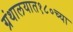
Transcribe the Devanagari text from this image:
ग्रंथालयात१८०च्या